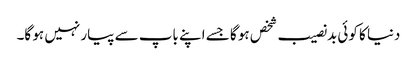
دنیا کا کوئی بدنصیب شخص ہو گا جسے اپنے باپ سے پیار نہیں ہو گا۔